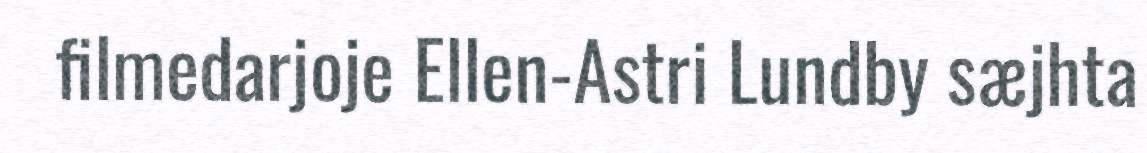
filmedarjoje Ellen-Astri Lundby sæjhta